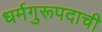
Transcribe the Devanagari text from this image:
धर्मगुरूपदाची